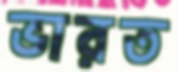
ভারত